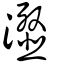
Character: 瀣